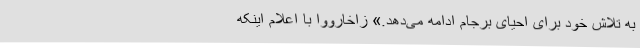
به تلاش خود برای احیای برجام ادامه می‌دهد.» زاخارووا با اعلام اینکه